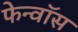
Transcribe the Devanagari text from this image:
फेन्‍वॉस